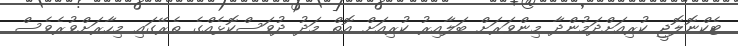
ޓެކްނޮލޮޖީ ކުރިއަށްދަމުންދާ މިންވަރަށް ބަލާއިރު ކުރިއަށް އޮތް މަދު ދުވަސްކޮޅެއްގެ ތެރޭގައި މިހާރަށްވުރެވެސް